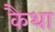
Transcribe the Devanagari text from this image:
कैथा